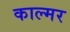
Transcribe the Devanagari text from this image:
काल्मर